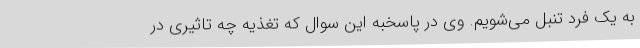
به یک فرد تنبل می‌شویم. وی در پاسخبه این سوال که تغذیه چه تاثیری در